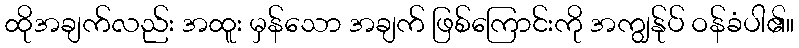
ထိုအချက်လည်း အထူး မှန်သော အချက် ဖြစ်ကြောင်းကို အကျွန်ုပ် ဝန်ခံပါ၏။